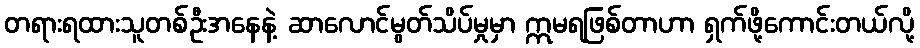
တရားရထားသူတစ်ဦးအနေနဲ့ ဆာလောင်မွတ်သိပ်မှုမှာ ဣမရဖြစ်တာဟာ ရှက်ဖို့ကောင်းတယ်လို့